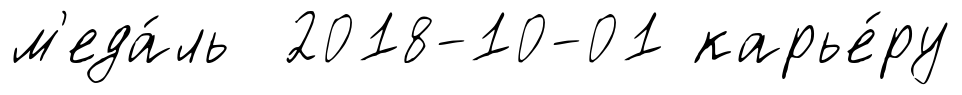
м'еда́ль 2018-10-01 карье́ру